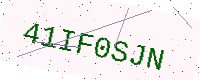
Text: 41IF0SJN